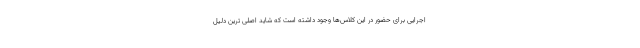
اجرایی برای حضور در این کلاس‌ها وجود داشته است که شاید اصلی ترین دلیل